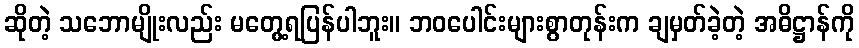
ဆိုတဲ့ သဘောမျိုးလည်း မတွေ့ရပြန်ပါဘူး။ ဘဝပေါင်းများစွာတုန်းက ချမှတ်ခဲ့တဲ့ အဓိဋ္ဌာန်ကို